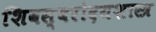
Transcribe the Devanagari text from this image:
शिवस्वरोदयशास्त्र